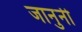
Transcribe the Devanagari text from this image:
जानुनी